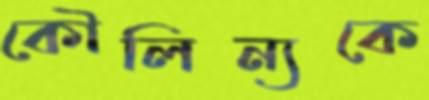
কৌলিন্যকে